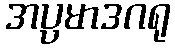
အပ္ပမာဒဂရု